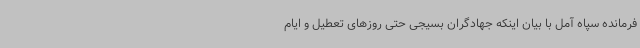
فرمانده سپاه آمل با بیان اینکه جهادگران بسیجی حتی روزهای تعطیل و ایام